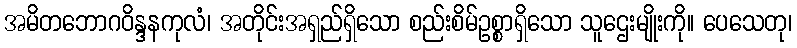
အမိတဘောဂဝိန္ဒနကုလံ၊ အတိုင်းအရှည်ရှိသော စည်းစိမ်ဥစ္စာရှိသော သူဌေးမျိုးကို။ ပေသေတု၊